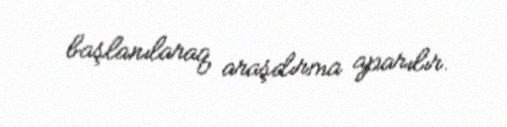
başlanılaraq araşdırma aparılır.